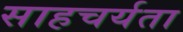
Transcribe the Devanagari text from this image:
साहचर्यता